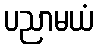
ပညာမယံ